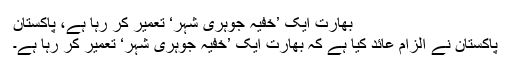
بھارت ایک ’خفیہ جوہری شہر‘ تعمیر کر رہا ہے، پاکستان
پاکستان نے الزام عائد کیا ہے کہ بھارت ایک ’خفیہ جوہری شہر‘ تعمیر کر رہا ہے۔